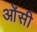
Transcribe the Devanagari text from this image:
ओंसी